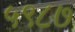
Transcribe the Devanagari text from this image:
५९८७